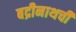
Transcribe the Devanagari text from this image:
बद्रीनाथची